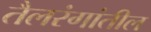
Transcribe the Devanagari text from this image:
तैलरंगांतील